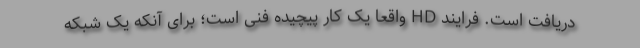
دریافت است. فرایند HD واقعا یک کار پیچیده فنی است؛ برای آنکه یک شبکه